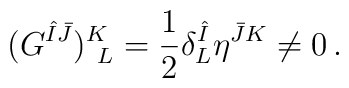
(G^{\hat{I}\bar{J}})^K_{~L}={1\over2}\delta^{\hat{I}}_L\eta^{\bar{J}K}\neq 0\,.